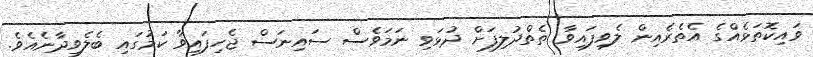
ވައިކޮތަޅެއްގެ އެތެރެއިން ލެވިފައިވާ ތެތްދުލިފަށް ދުޅަވި ނަމަވެސް ސައިނަސް ޖެހިފައިވާ ކަމުގައި ބެލެވިދާނެއެވެ.